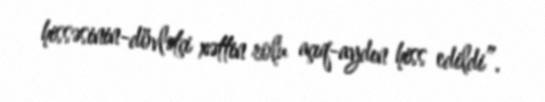
hissəsinin-dövlətçi xəttin rolu açıq-aydın hiss edildi”.